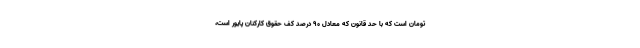
تومان است که با حد قانون که معادل ۹۰ درصد کف حقوق کارکنان پایور است،